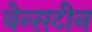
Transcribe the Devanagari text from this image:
वेन्सटीन